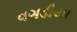
વગડીયા